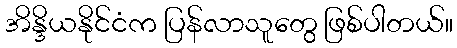
အိန္ဒိယနိုင်ငံက ပြန်လာသူတွေ ဖြစ်ပါတယ်။